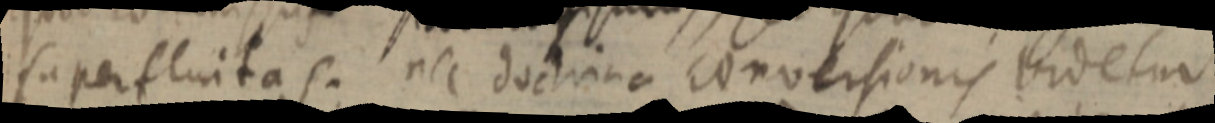
superfluitas. nec doctrina conversionis videtur